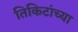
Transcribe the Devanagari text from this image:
तिकिटांच्या